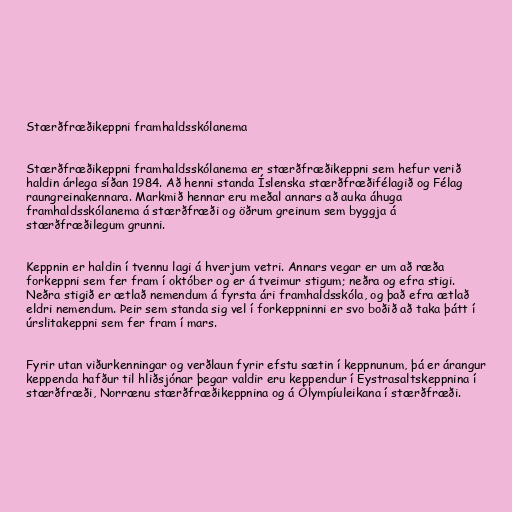
Stærðfræðikeppni framhaldsskólanema

Stærðfræðikeppni framhaldsskólanema er stærðfræðikeppni sem hefur verið
haldin árlega síðan 1984. Að henni standa Íslenska stærðfræðifélagið og Félag
raungreinakennara. Markmið hennar eru meðal annars að auka áhuga
framhaldsskólanema á stærðfræði og öðrum greinum sem byggja á
stærðfræðilegum grunni.

Keppnin er haldin í tvennu lagi á hverjum vetri. Annars vegar er um að ræða
forkeppni sem fer fram í október og er á tveimur stigum; neðra og efra stigi.
Neðra stigið er ætlað nemendum á fyrsta ári framhaldsskóla, og það efra ætlað
eldri nemendum. Þeir sem standa sig vel í forkeppninni er svo boðið að taka þátt í
úrslitakeppni sem fer fram í mars.

Fyrir utan viðurkenningar og verðlaun fyrir efstu sætin í keppnunum, þá er árangur
keppenda hafður til hliðsjónar þegar valdir eru keppendur í Eystrasaltskeppnina í
stærðfræði, Norrænu stærðfræðikeppnina og á Ólympíuleikana í stærðfræði.